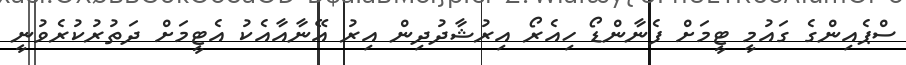
ސްޕެއިންގެ ގައުމީ ޓީމަށް ފެނާންޑޯ ހިއެރޯ އިރުޝާދުދިން އިރު އޭނާއާއެކު އެޓީމަށް ދަތުރުކުރެވުނީ